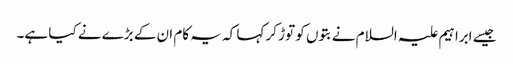
جیسے ابراہیم علیہ السلام نےبتوں کو توڑ کر کہا کہ یہ کام ان کے بڑے نے کیا ہے۔